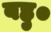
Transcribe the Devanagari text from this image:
बहु०